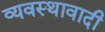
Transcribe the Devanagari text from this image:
व्यवस्थावादी